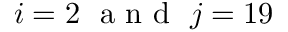
i = 2 \ \mathrm { ~ a ~ n ~ d ~ } \ j = 1 9